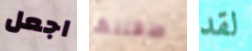
اجعل طفلتها لقد